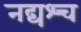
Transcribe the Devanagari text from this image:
नद्यश्‍च